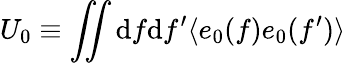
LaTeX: U_{0}\equiv\iint\mathrm{d}f\mathrm{d}f^{\prime}\langle e_{0}(f)e_{0}(f^{\prime})\rangle